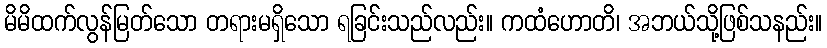
မိမိထက်လွန်မြတ်သော တရားမရှိသော ရခြင်းသည်လည်း။ ကထံဟောတိ၊ အဘယ်သို့ဖြစ်သနည်း။